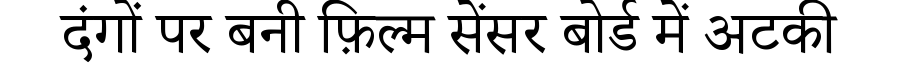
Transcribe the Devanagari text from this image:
दंगों पर बनी फ़िल्म सेंसर बोर्ड में अटकी